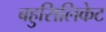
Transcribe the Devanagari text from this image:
बहुसिलिकेट